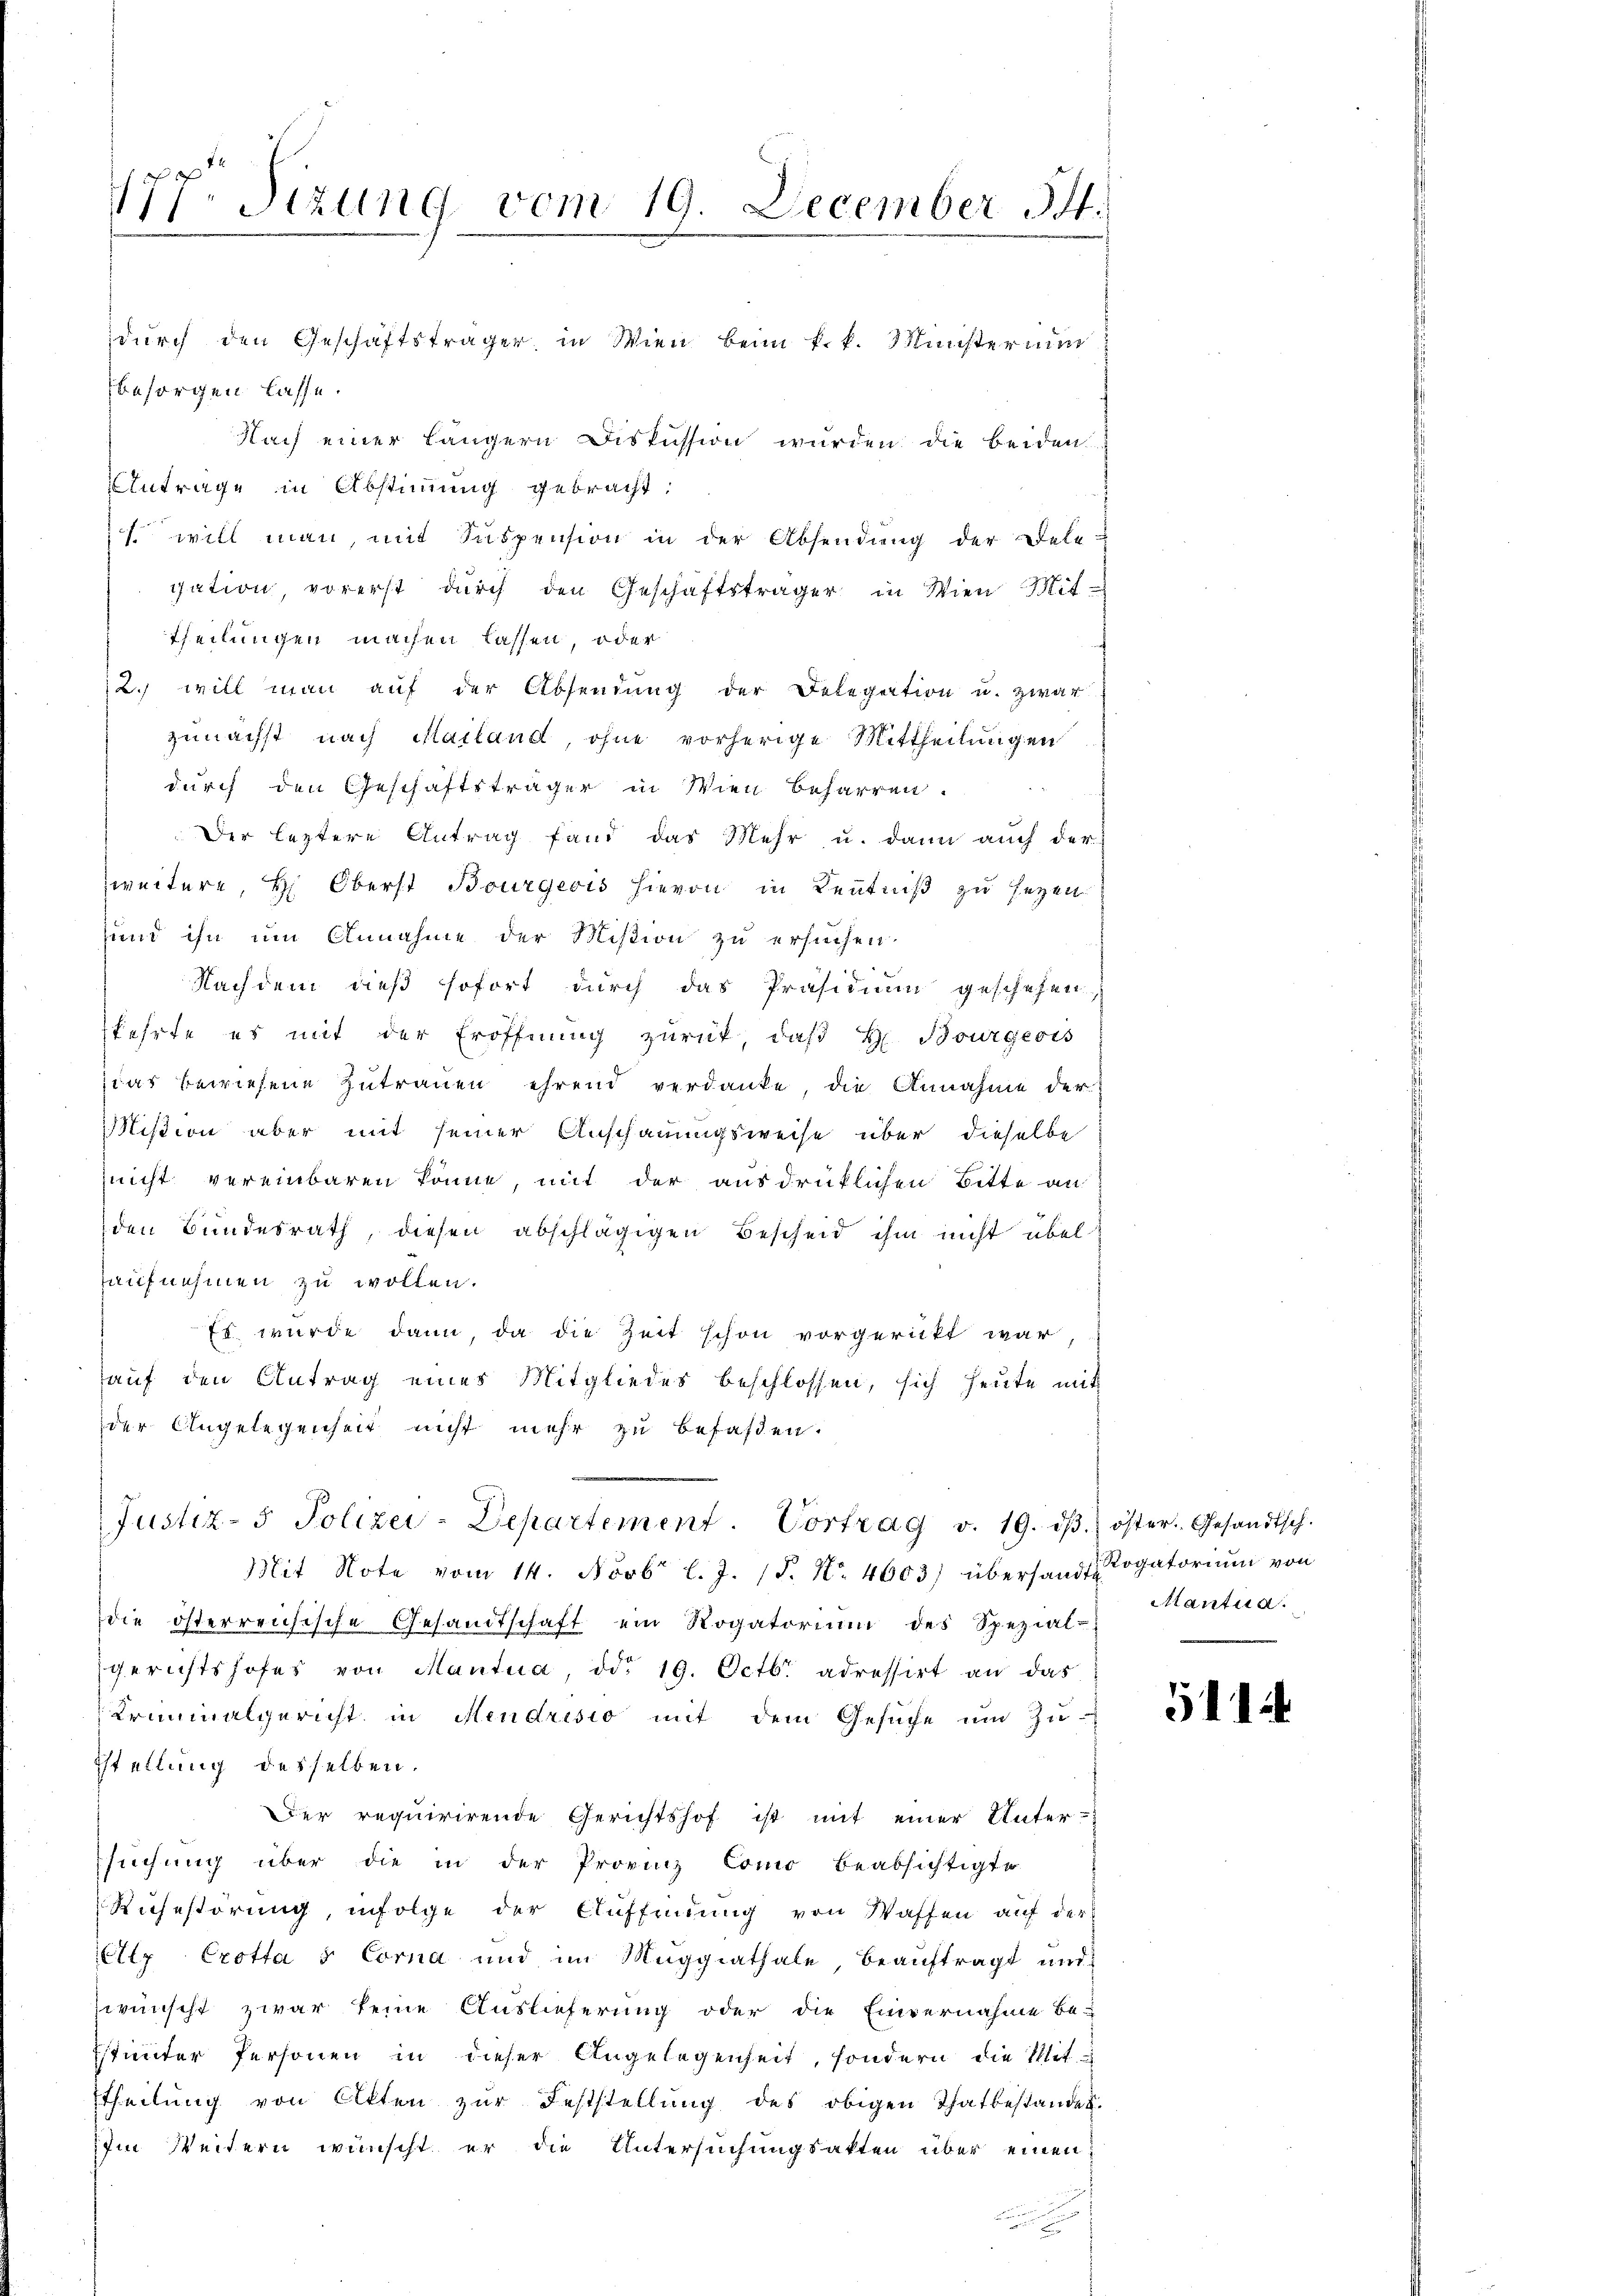
177. Sitzung vom 19. December 14.

durch den Geschäftsträger in Wien beim k. k. Ministerium
besorgen lasse.
Nach einer Längern Diskussion wurden die beiden
Antrage in Abstimmung gebracht:
 will man, mit Suspension in der Absendung der Dele-
gation, vorerst durch den Geschäftsträger in Wien Mit
theilungen machen lassen, oder
2. will man auf der Absendung der Delegation u. zwar
zunächst nach Mailand, ohne vorherige Mittheilungen
durch den Geschäftsträger in Wien beharren.
Der leztere Antrag fand das Mehr u. dann auch der
zweitere, H. Oberst Bourgeris hievon in Kenntniß zu sezen.
und ihn um Annahme der Mißion zu ersuchen.
Nachdem dieß sofort durch das Präsidium geschehen,
kehrte es mit der Eröffnung zurück, daß H. Bourgeois
zias bewiesene Zutrauen ehrend verdanke, die Annahme der
Mißion aber mit seiner Anschauungsweise über dieselbe
nicht vereinbaren könne, mit der ausdrücklichen Bitte an
den Bundesrath, diesen abschlägigen Bescheid ihm nicht übel
aufnehmen zu wollen.
Es wurde dann, da die Zeit schon vorgericht war
auf den Antrag eines Mitgliedes beschlossen, sich heute mit
der Angelegenheit nicht mehr zu befassen.
Justiz- & Polizei-Departement. Vortrag v. 19. dβ. öster. Gesandtsch.
Mit Note vom 14. Novbr l. J. (T. No. 4603) übersandt Rogatorium von
die österreichische Gesandtschaft ein Rogatorium des Spezial-
gerichtshofes von Mantua, ddo 19. Octbr. adressirt an das
Kriminalgericht in Mendrisio mit dem Gesŭche um Zu-
stellung desselben.
Der requirirende Gerichtshof ist mit einer Unter-
suchung über die in der Provinz Como beabsichtigte
Rihestörung, infolge der Auffindung von Waffen auf der
Elz Crotta 5 Cora und im Muggiathale, beauftragt und
zwünscht zwar keine Auslieferung oder die Einvernahme be-
stinter Personen in dieser Angelegenheit, sondern die Mit
theilŭng von Akten zŭr Feststellŭng des obigen Thatbestandes-
Im Weitern wünscht er die Untersuchungsakten über einen
n

Mlantia.

5112